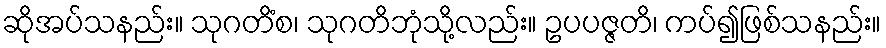
ဆိုအပ်သနည်း။ သုဂတိံစ၊ သုဂတိဘုံသို့လည်း။ ဥပပဇ္ဇတိ၊ ကပ်၍ဖြစ်သနည်း။